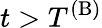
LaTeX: t>T^{\mathrm{(B)}}